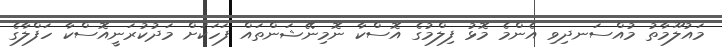
މައުލޫމާތު މުއްސަނދިވި އެންމެ މޮޅު ފިލްމުގެ އޮސްކާ ނޮމިނޭޝަންތައް ފަހަކަށް މަދުކުރަނީއޮސްކާ ހަފްލާގެ